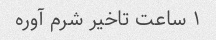
۱ ساعت تاخیر شرم آوره